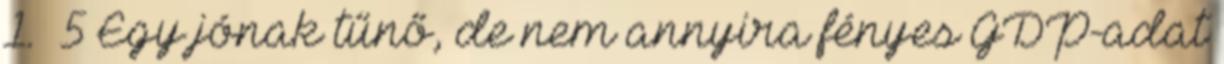
1. 5 Egy jónak tűnő, de nem annyira fényes GDP-adat